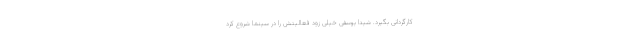
کارگردانی بگیرد. شیدا یوسفی خیلی زود فعالیتش را در سینما شروع کرد